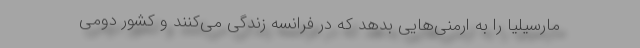
مارسیلیا را به ارمنی‌هایی بدهد که در فرانسه زندگی می‌کنند و کشور دومی